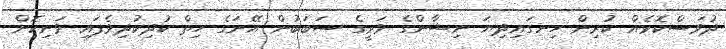
ދުވަސްކޮޅެއް ކުރިން ހިނގައިދިޔަ ނިޝާންގެ ވަރީގެ ސަބަބުން އޭނަގެ ހިތް ކުދިކުދިވެފައި ވަނިކޮށް